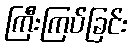
ကြီးကြပ်ခြင်း